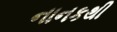
નાનકથી